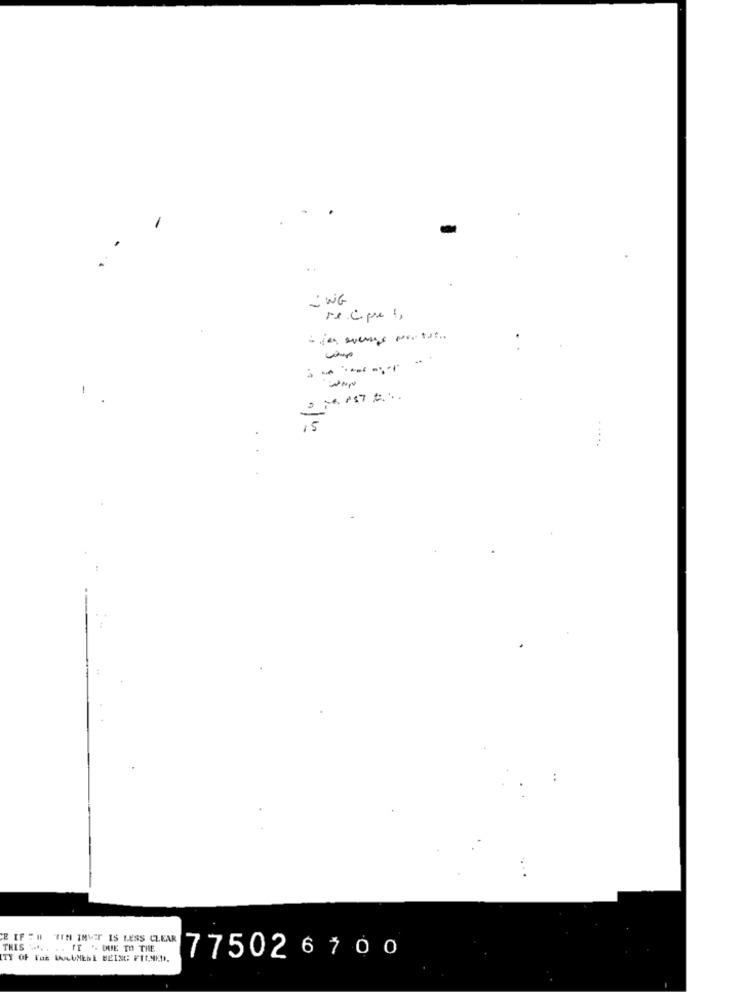
- WG
recipe !,
- ---- --
.
CE IF " # "TEN IMVET IS LESS CLEAR
THIS .... .. IT "- DUE TO THE
ITY OF Faz bvcUNEbl BEISt: FIL,MED.
775026700